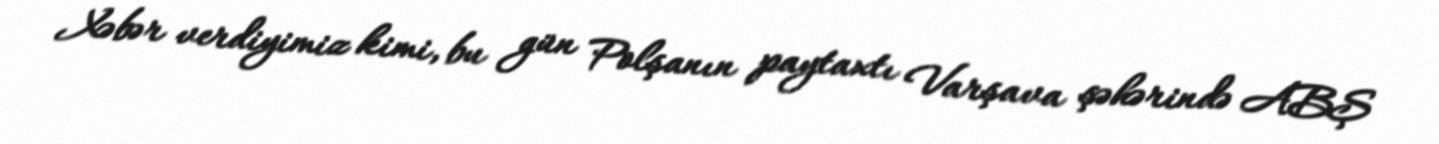
Xəbər verdiyimiz kimi, bu gün Polşanın paytaxtı Varşava şəhərində ABŞ